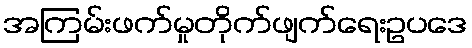
အကြမ်းဖက်မှုတိုက်ဖျက်ရေးဥပဒေ